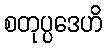
စတုပ္ပဒေဟိ